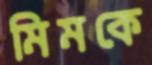
মিমকে